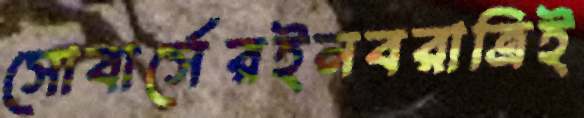
সোবার্সেরইনবরাত্রিই